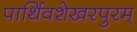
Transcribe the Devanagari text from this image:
पार्थिवशेखरपुरम्